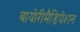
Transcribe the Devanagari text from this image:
बायोरीमैडियेशन